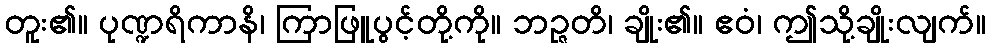
တူး၏။ ပုဏ္ဍရိကာနိ၊ ကြာဖြူပွင့်တို့ကို။ ဘဉ္ဇတိ၊ ချိုး၏။ ဧဝံ၊ ဤသို့ချိုးလျက်။